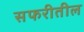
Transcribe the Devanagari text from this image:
सफरीतील